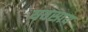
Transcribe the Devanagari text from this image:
यवसाय